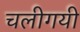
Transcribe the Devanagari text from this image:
चलीगयी